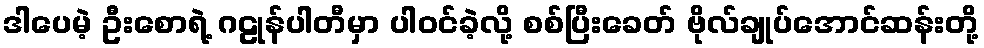
ဒါပေမဲ့ ဦးစောရဲ့ ဂဠုန်ပါတီမှာ ပါဝင်ခဲ့လို့ စစ်ပြီးခေတ် ဗိုလ်ချုပ်အောင်ဆန်းတို့